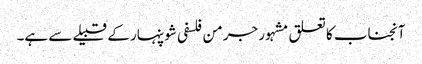
آنجناب کا تعلق مشہور جرمن فلسفی شوپنہار کے قبیلے سے ہے۔